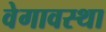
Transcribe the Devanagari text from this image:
वेगावस्था